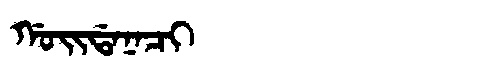
Manchu: ᡤᠣᡳᡩᠠᠨᠠᠴᡳ
Romanization: GOIDANACI